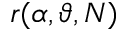
r ( \alpha , \boldsymbol { \vartheta } , N )